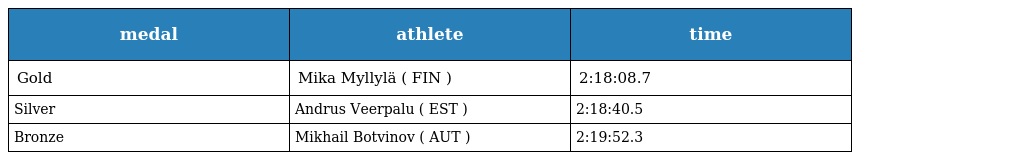
| medal | athlete | time |
 | --- | --- | --- |
 | Gold | Mika Myllylä ( FIN ) | 2:18:08.7 |
 | Silver | Andrus Veerpalu ( EST ) | 2:18:40.5 |
 | Bronze | Mikhail Botvinov ( AUT ) | 2:19:52.3 |